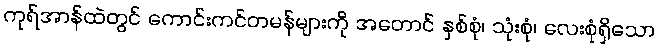
ကုရ်အာန်ထဲတွင် ကောင်းကင်တမန်များကို အတောင် နှစ်စုံ၊ သုံးစုံ၊ လေးစုံရှိသော